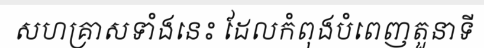
សហគ្រាសទាំងនេះ ដែលកំពុងបំពេញតួនាទី